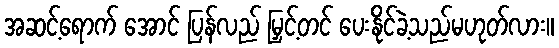
အဆင့်ရောက် အောင် ပြန်လည် မြှင့်တင် ပေးနိုင်ခဲ့သည်မဟုတ်လား။